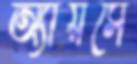
অ্যায়সে